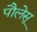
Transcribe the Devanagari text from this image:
पौलेसू